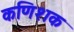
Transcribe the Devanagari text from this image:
कणिशक